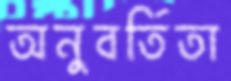
অনুবর্তিতা